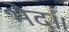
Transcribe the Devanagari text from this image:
भेद॥